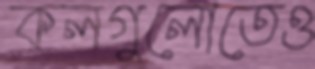
কলগুলোতেও